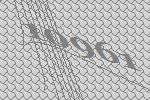
10961